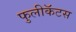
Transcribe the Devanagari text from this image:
फुलीकॅटस